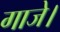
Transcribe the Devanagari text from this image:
गाजे।